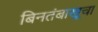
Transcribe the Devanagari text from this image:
बिनतंबाखूचा